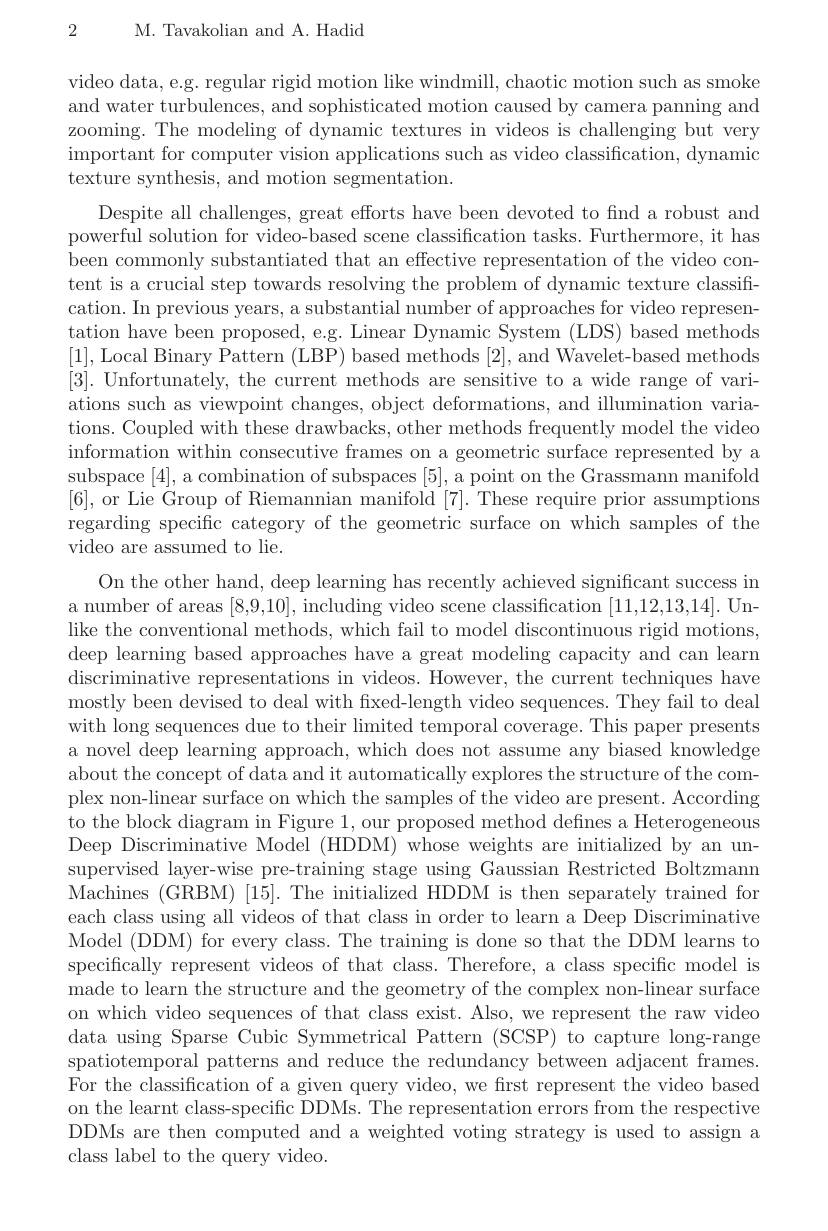
2 M. Tavakolian and A. Hadid

video data, e.g. regular rigid motion like windmill, chaotic motion such as smoke and water turbulences, and sophisticated motion caused by camera panning and zooming. The modeling of dynamic textures in videos is challenging but very important for computer vision applications such as video classification, dynamic texture synthesis, and motion segmentation.

Despite all challenges, great efforts have been devoted to find a robust and powerful solution for video-based scene classification tasks. Furthermore, it has been commonly substantiated that an effective representation of the video content is a crucial step towards resolving the problem of dynamic texture classification. In previous years, a substantial number of approaches for video representation have been proposed, e.g. Linear Dynamic System (LDS) based methods [1], Local Binary Pattern (LBP) based methods [2], and Wavelet-based methods [3]. Unfortunately, the current methods are sensitive to a wide range of variations such as viewpoint changes, object deformations, and illumination variations. Coupled with these drawbacks, other methods frequently model the video information within consecutive frames on a geometric surface represented by a subspace [4], a combination of subspaces [5], a point on the Grassmann manifold [6], or Lie Group of Riemannian manifold [7]. These require prior assumptions regarding specific category of the geometric surface on which samples of the video are assumed to lie.
On the other hand, deep learning has recently achieved significant success in a number of areas [8,9,10], including video scene classification [11,12,13,14]. Unlike the conventional methods, which fail to model discontinuous rigid motions, deep learning based approaches have a great modeling capacity and can learn discriminative representations in videos. However, the current techniques have mostly been devised to deal with fxed-length video sequences. They fail to deal with long sequences due to their limited temporal coverage. This paper presents a novel deep learning approach, which does not assume any biased knowledge about the concept of data and it automatically explores the structure of the complex non-linear surface on which the samples of the video are present. According to the block diagram in Figure 1, our proposed method defines a Heterogeneous Deep Discriminative Model (HDDM) whose weights are initialized by an unsupervised layer-wise pre-training stage using Gaussian Restricted Boltzmann Machines (GRBM) [15]. The initialized HDDM is then separately trained for each class using all videos of that class in order to learn a Deep Discriminative Model (DDM) for every class. The training is done so that the DDM learns to specifically represent videos of that class. Therefore, a class specific model is made to learn the structure and the geometry of the complex non-linear surface on which video sequences of that class exist. Also, we represent the raw video data using Sparse Cubic Symmetrical Pattern (SCSP) to capture long-range spatiotemporal patterns and reduce the redundancy between adjacent frames. For the classification of a given query video, we first represent the video based on the learnt class-specific DDMs. The representation errors from the respective DDMs are then computed and a weighted voting strategy is used to assign a class label to the query video.